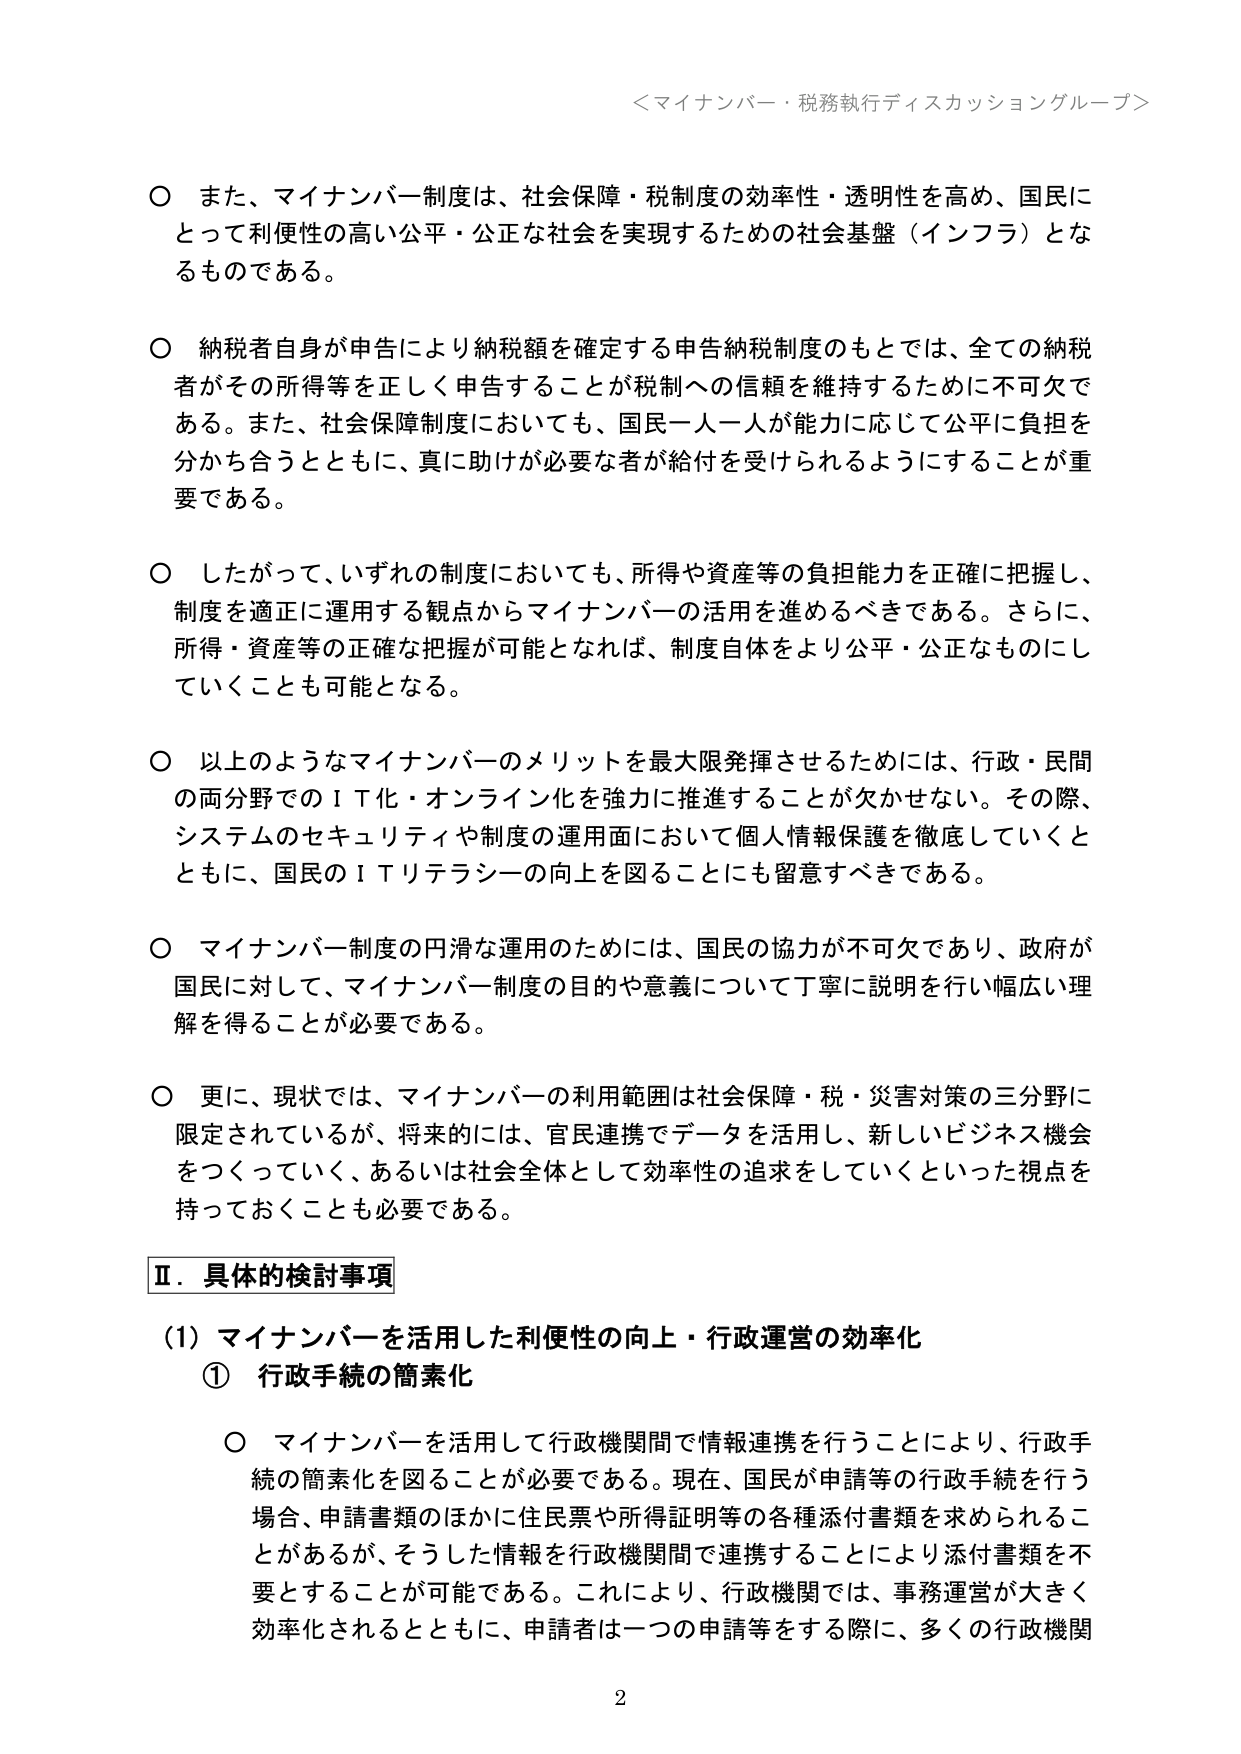
＜マイナンバー・税務執行ディスカッショングループ＞

○ また、マイナンバー制度は、社会保障・税制度の効率性・透明性を高め、国民にとって利便性の高い公平・公正な社会を実現するための社会基盤（インフラ）となるものである。

○ 納税者自身が申告により納税額を確定する申告納税制度のもとでは、全ての納税者がその所得等を正しく申告することが税制への信頼を維持するために不可欠である。また、社会保障制度においても、国民一人一人が能力に応じて公平に負担を分かち合うとともに、真に助けが必要な者が給付を受けられるようにすることが重要である。

○ したがって、いずれの制度においても、所得や資産等の負担能力を正確に把握し、制度を適正に運用する観点からマイナンバーの活用を進めるべきである。さらに、所得・資産等の正確な把握が可能となれば、制度自体をより公平・公正なものにしていくことも可能となる。

○ 以上のようなマイナンバーのメリットを最大限発揮させるためには、行政・民間の両分野でのＩＴ化・オンライン化を強力に推進することが欠かせない。その際、システムのセキュリティや制度の運用面において個人情報保護を徹底していくとともに、国民のＩＴリテラシーの向上を図ることにも留意すべきである。

○ マイナンバー制度の円滑な運用のためには、国民の協力が不可欠であり、政府が国民に対して、マイナンバー制度の目的や意義について丁寧に説明を行い幅広い理解を得ることが必要である。

○ 更に、現状では、マイナンバーの利用範囲は社会保障・税・災害対策の三分野に限定されているが、将来的には、官民連携でデータを活用し、新しいビジネス機会をつくっていく、あるいは社会全体として効率性の追求をしていくといった視点を持っておくことも必要である。

Ⅱ．具体的検討事項

（1）マイナンバーを活用した利便性の向上・行政運営の効率化

① 行政手続の簡素化

○ マイナンバーを活用して行政機関間で情報連携を行うことにより、行政手続の簡素化を図ることが必要である。現在、国民が申請等の行政手続を行う場合、申請書類のほかに住民票や所得証明等の各種添付書類を求められることがあるが、そうした情報を行政機関間で連携することにより添付書類を不要とすることが可能である。これにより、行政機関では、事務運営が大きく効率化されるとともに、申請者は一つの申請等をする際に、多くの行政機関

2